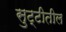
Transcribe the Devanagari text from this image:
सुट्टीतील